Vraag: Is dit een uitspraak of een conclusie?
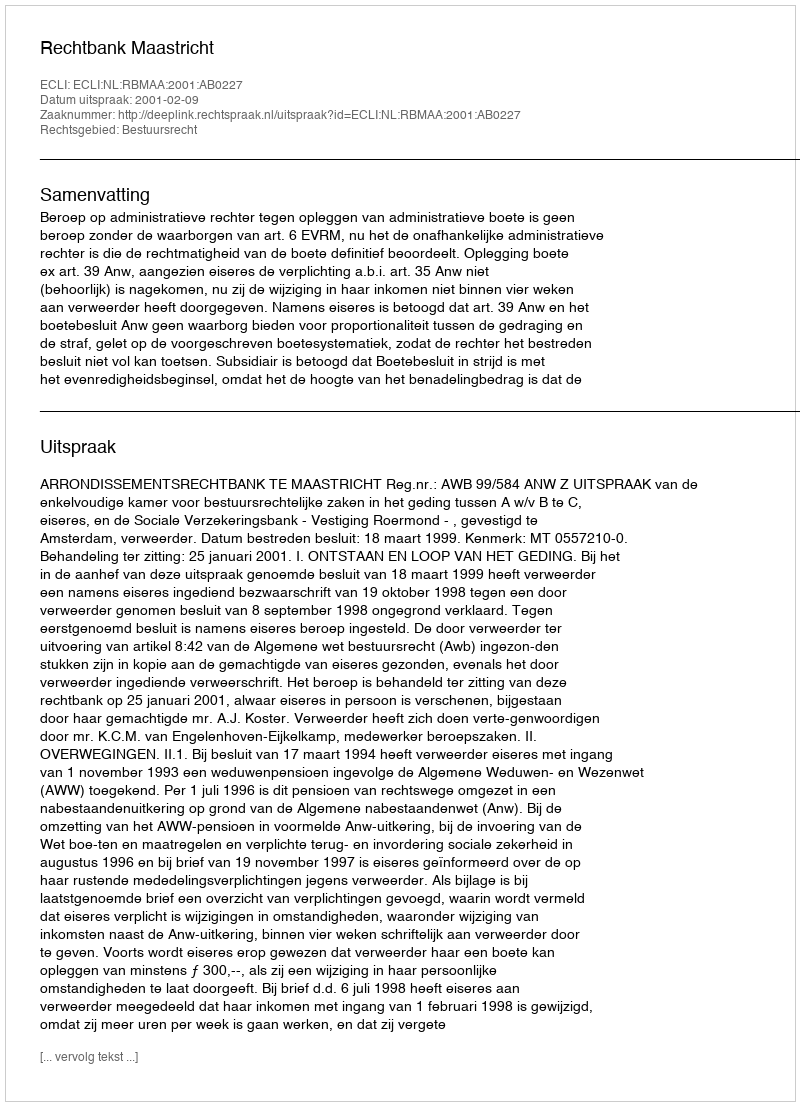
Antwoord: Uitspraak